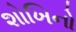
શોખિનો